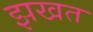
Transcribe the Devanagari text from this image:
झखत